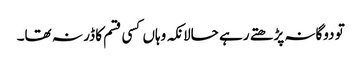
تو دوگانہ پڑھتے رہے حالانکہ وہاں کسی قسم کا ڈر نہ تھا۔